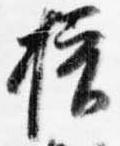
挟